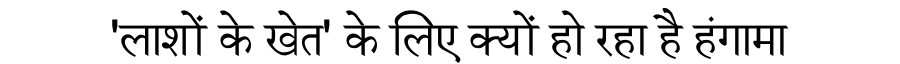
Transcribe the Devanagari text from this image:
'लाशों के खेत' के लिए क्यों हो रहा है हंगामा